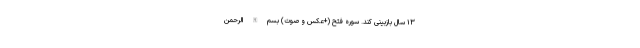
۱۳ سال بازبینی کند. سوره فتح (+عکس و صوت) بِسْمِ اللَّهِ الرَّحْمَنِ